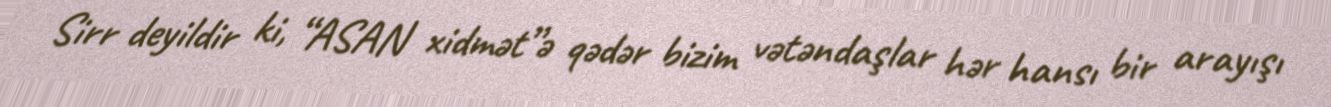
Sirr deyildir ki, “ASAN xidmət”ə qədər bizim vətəndaşlar hər hansı bir arayışı